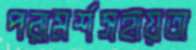
পরামর্শসহায়তা